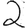
Digit: 2